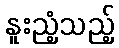
နူးညံ့သည့်